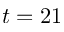
t = 2 1